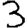
Digit: 3